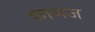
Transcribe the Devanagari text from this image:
कामज